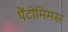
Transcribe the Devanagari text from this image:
पैंटोमिमस